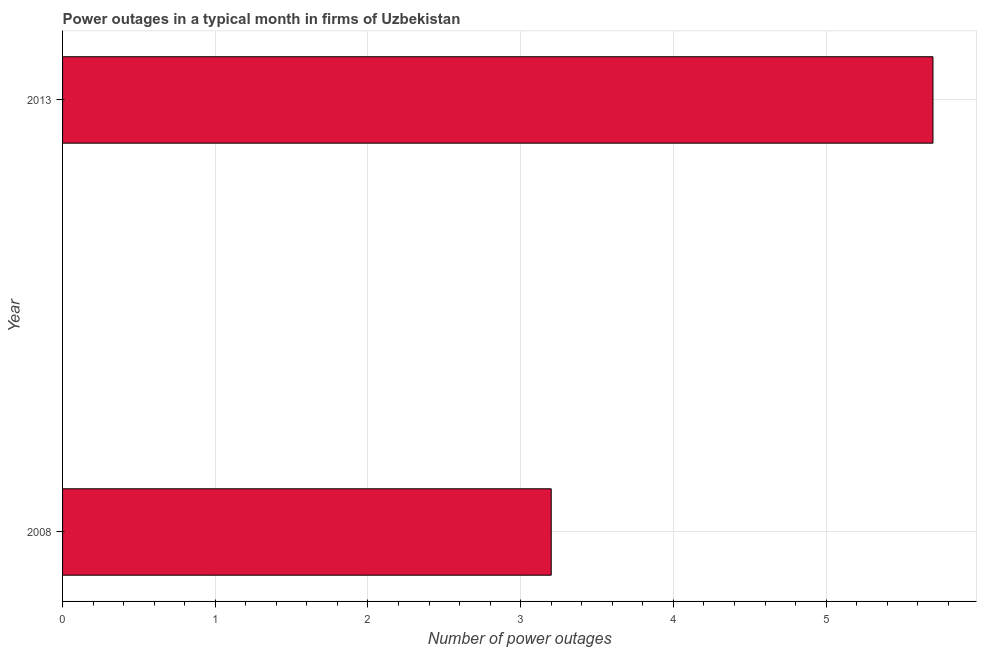
| Year | Power outages |
 | --- | --- |
 | 2008 | 3.2 |
 | 2013 | 5.7 |